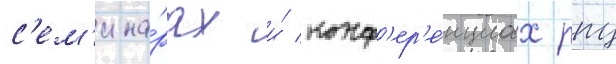
с'ем'ина́рах и́ конф'ер'е́нциах рпц